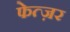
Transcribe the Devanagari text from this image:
फेत्ज़र